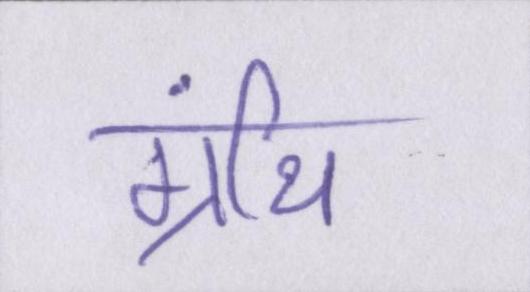
ग्रंथि